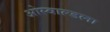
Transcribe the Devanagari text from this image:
ओस्वाल्डला